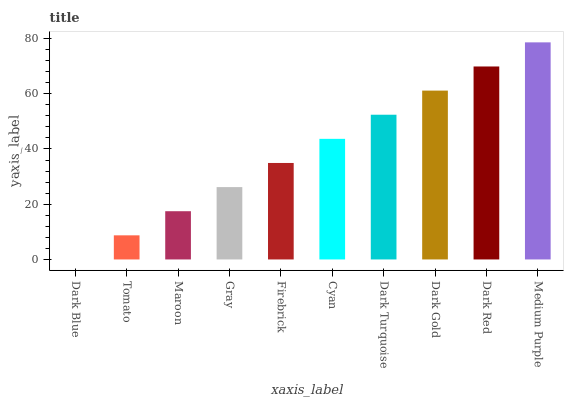
| xaxis_label | bars |
 | --- | --- |
 | Dark Blue | 0 |
 | Tomato | 8.73 |
 | Maroon | 17.5 |
 | Gray | 26.2 |
 | Firebrick | 34.9 |
 | Cyan | 43.7 |
 | Dark Turquoise | 52.4 |
 | Dark Gold | 61.1 |
 | Dark Red | 69.9 |
 | Medium Purple | 78.6 |